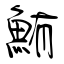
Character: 鮪